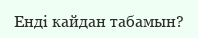
Енді кайдан табамын?